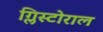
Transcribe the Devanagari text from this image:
ग्लिस्टोराल